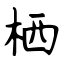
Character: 栖